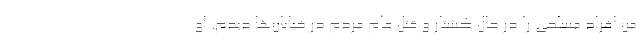
من افراد مسلحی را در حال کشتار و قتل عام مردم در خیابان‌ها دیدم. او